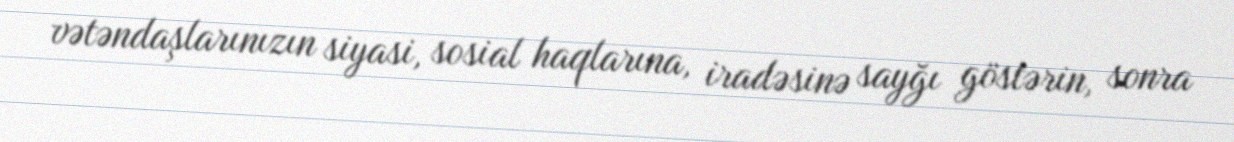
vətəndaşlarınızın siyasi, sosial haqlarına, iradəsinə sayğı göstərin, sonra